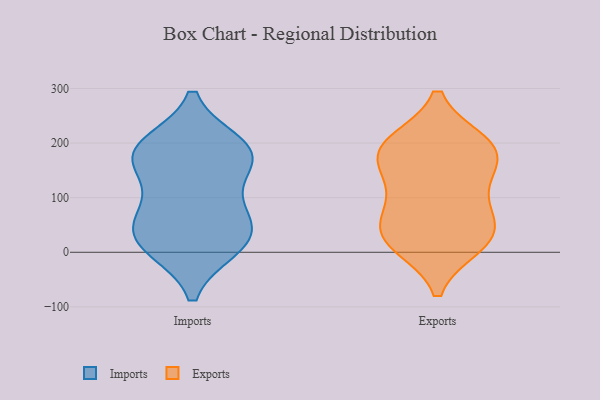
{"axis": {"x": "Conversion Rate (%)", "y": "Value"}, "legend": ["Exports", "Imports"], "data": [{"x": "", "y": 15, "type": "Imports"}, {"x": "", "y": 179, "type": "Imports"}, {"x": "", "y": 195, "type": "Imports"}, {"x": "", "y": 31, "type": "Imports"}, {"x": "", "y": 35, "type": "Imports"}, {"x": "", "y": 11, "type": "Imports"}, {"x": "", "y": 178, "type": "Imports"}, {"x": "", "y": 87, "type": "Imports"}, {"x": "", "y": 74, "type": "Imports"}, {"x": "", "y": 172, "type": "Imports"}, {"x": "", "y": 177, "type": "Imports"}, {"x": "", "y": 33, "type": "Exports"}, {"x": "", "y": 176, "type": "Exports"}, {"x": "", "y": 22, "type": "Exports"}, {"x": "", "y": 177, "type": "Exports"}, {"x": "", "y": 64, "type": "Exports"}, {"x": "", "y": 74, "type": "Exports"}, {"x": "", "y": 116, "type": "Exports"}, {"x": "", "y": 200, "type": "Exports"}, {"x": "", "y": 192, "type": "Exports"}, {"x": "", "y": 141, "type": "Exports"}, {"x": "", "y": 200, "type": "Exports"}, {"x": "", "y": 25, "type": "Exports"}, {"x": "", "y": 14, "type": "Exports"}]}